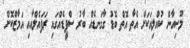
ލޫސިއާން ކުއްލިއަކަށް އެތާ އޮތް ބޮޑު ގާގަނޑެއް ބާރު ސްޕީޑެއްގައި ރަފައެލްއާއި އަމާޒްކޮށް